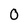
Character: 0